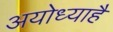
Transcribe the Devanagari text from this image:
अयोध्याहै